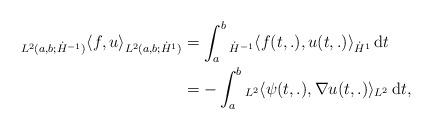
LaTeX: \begin{align*} {}_{L^2(a,b;\dot{H}^{-1})} \langle f,u\rangle_{L^2(a,b;\dot{H}^1)} & = \int_a^b {}_{\dot{H}^{-1}}\langle f(t,.),u(t,.)\rangle_{\dot{H}^1}\,{\rm d}t\\& = -\int_a^b {}_{L^{2}}\langle \psi(t,.),\nabla u(t,.) \rangle_{L^{2}}\,{\rm d}t,\end{align*}